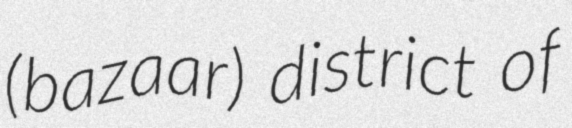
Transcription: (bazaar) district of